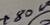
Text: +80V